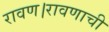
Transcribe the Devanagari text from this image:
रावण।रावणाची